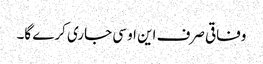
وفاقی صرف این او سی جاری کرے گا۔